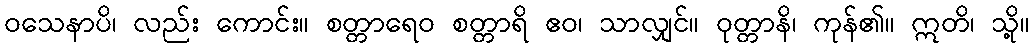
ဝသေနာပိ၊ လည်း ကောင်း။ စတ္တာရေဝ စတ္တာရိ ဧဝ၊ သာလျှင်။ ဝုတ္တာနိ၊ ကုန်၏။ ဣတိ၊ သို့။